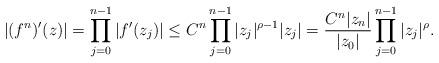
LaTeX: \begin{align*}|(f^n)'(z)| =\prod_{j=0}^{n-1} \left|f'(z_{j})\right|\leq C^n\prod_{j=0}^{n-1} |z_{j}|^{\rho-1} |z_{j}|= \frac{C^n|z_n|}{|z_0|} \prod_{j=0}^{n-1} |z_{j}|^{\rho} .\end{align*}